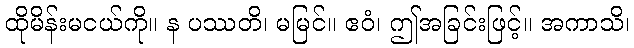
ထိုမိန်းမငယ်ကို။ န ပဿတိ၊ မမြင်။ ဧဝံ၊ ဤအခြင်းဖြင့်။ အကာသိ၊